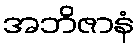
အဘိဇာနံ